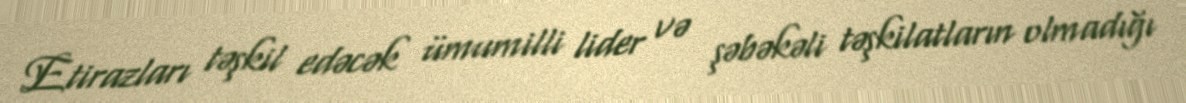
Etirazları təşkil edəcək ümumilli lider və şəbəkəli təşkilatların olmadığı